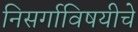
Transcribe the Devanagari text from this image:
निसर्गाविषयीचे